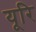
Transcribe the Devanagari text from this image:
यूरि